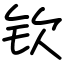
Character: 钦